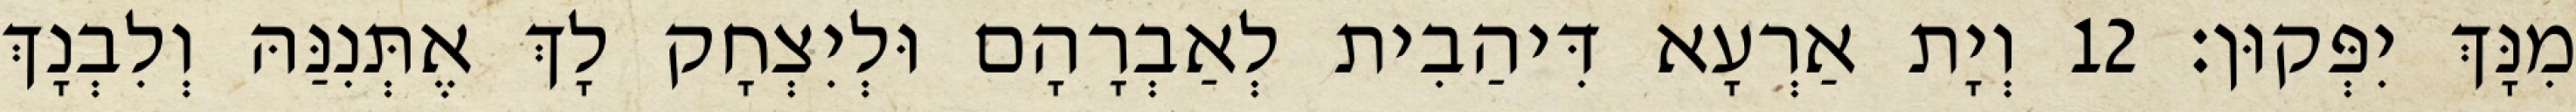
מִנָּךְ יִפְּקוּן׃ 12 וְיָת אַרְעָא דִּיהַבִית לְאַבְרָהָם וּלְיִצְחָק לָךְ אֶתְּנִנַּהּ וְלִבְנָךְ